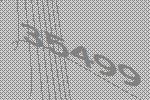
35499